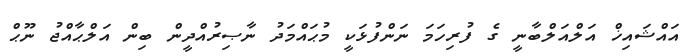
އައްޝައިޚް އަލްއަލްބާނީ ގެ ފުރިހަމަ ނަންފުޅަކީ މުޙައްމަދު ނާޞިރުއްދީން ބިން އަލްޙާއްޖު ނޫޙް